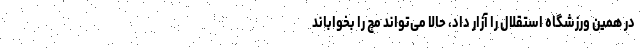
در همین ورزشگاه استقلال را آزار داد، حالا می‌تواند مچ را بخواباند